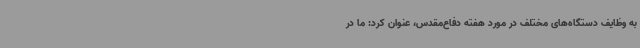
به وظایف دستگاه‌های مختلف در مورد هفته دفاع‌مقدس، عنوان کرد: ما در